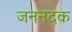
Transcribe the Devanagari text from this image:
जननदक